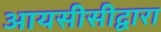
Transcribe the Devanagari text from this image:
आयसीसीद्वारा